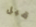
قبل